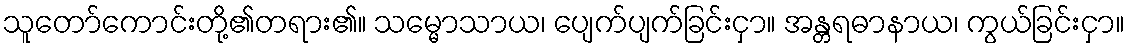
သူတော်ကောင်းတို့၏တရား၏။ သမ္မောသာယ၊ ပျေက်ပျက်ခြင်းငှာ။ အန္တရဓာနာယ၊ ကွယ်ခြင်းငှာ။